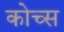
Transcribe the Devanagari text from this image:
कोच्स